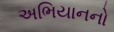
અભિયાનનો